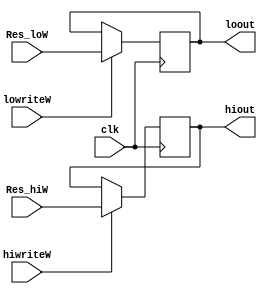
`timescale 1ns / 1ps

module HL_ID (
    input clk,
    input[31:0] Res_hiW,
    input[31:0] Res_loW,
    input hiwriteW,
    input lowriteW,
    output [31:0] hiout,
    output [31:0] loout
);
    reg[31:0] Hi_reg = 0;
    reg[31:0] Lo_reg = 0;
    assign hiout = Hi_reg;
    assign loout = Lo_reg;
    always @(posedge(clk)) 
    begin
        if(hiwriteW)
            Hi_reg <= Res_hiW;
        if(lowriteW)
            Lo_reg <= Res_loW;
    end
    initial begin
        Hi_reg = 0;
        Lo_reg = 0;
    end
endmodule